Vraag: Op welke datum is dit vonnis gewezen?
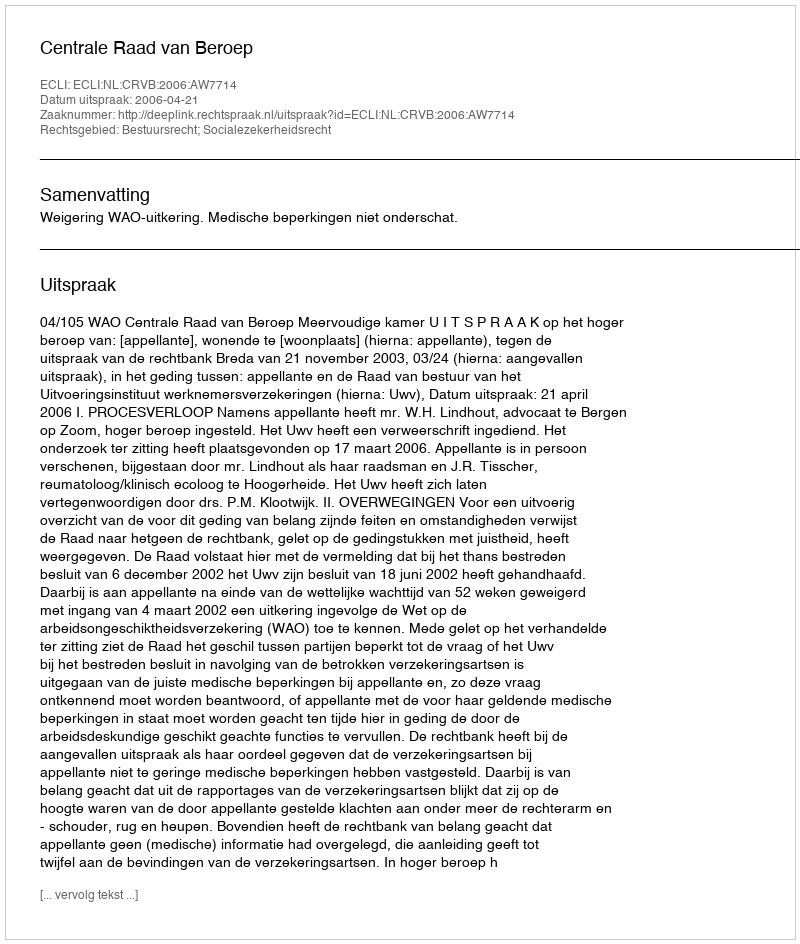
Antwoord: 2006-04-21